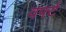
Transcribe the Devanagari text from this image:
वर्फ्ट